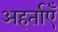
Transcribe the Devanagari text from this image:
अहर्ताएँ